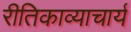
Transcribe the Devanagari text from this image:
रीतिकाव्याचार्य